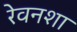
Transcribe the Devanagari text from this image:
रेवनशा